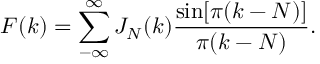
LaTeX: F ( k ) = \sum _ { - \infty } ^ { \infty } J _ { N } ( k ) \frac { \sin [ \pi ( k - N ) ] } { \pi ( k - N ) } .